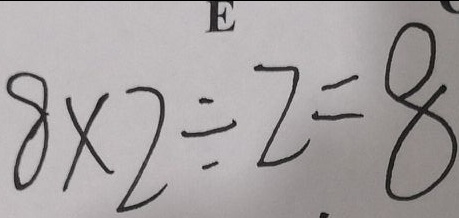
8 \times 2 \div 2 = 8